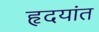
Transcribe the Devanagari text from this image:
हृदयांत